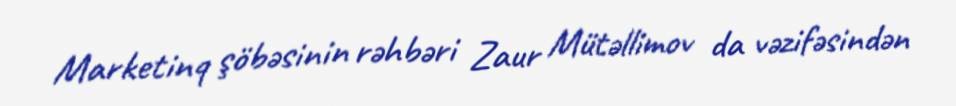
Marketinq şöbəsinin rəhbəri Zaur Mütəllimov da vəzifəsindən